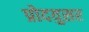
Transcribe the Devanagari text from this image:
प्रोदयुसर